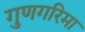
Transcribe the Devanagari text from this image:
गुणगरिमा